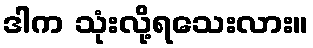
ဒါက သုံးလို့ရသေးလား။